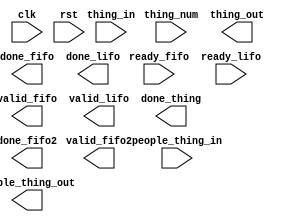
module CIPU(
input       clk, 
input       rst,
input       [7:0]people_thing_in,
input       ready_fifo,
input       ready_lifo,
input       [7:0]thing_in,
input       [3:0]thing_num,
output      valid_fifo,
output      valid_lifo,
output      valid_fifo2,
output      [7:0]people_thing_out,
output      [7:0]thing_out,
output      done_thing,
output      done_fifo,
output      done_lifo,
output      done_fifo2);


endmodule